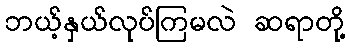
ဘယ့်နှယ်လုပ်ကြမလဲ ဆရာတို့